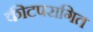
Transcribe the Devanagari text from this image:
कीटपरागित